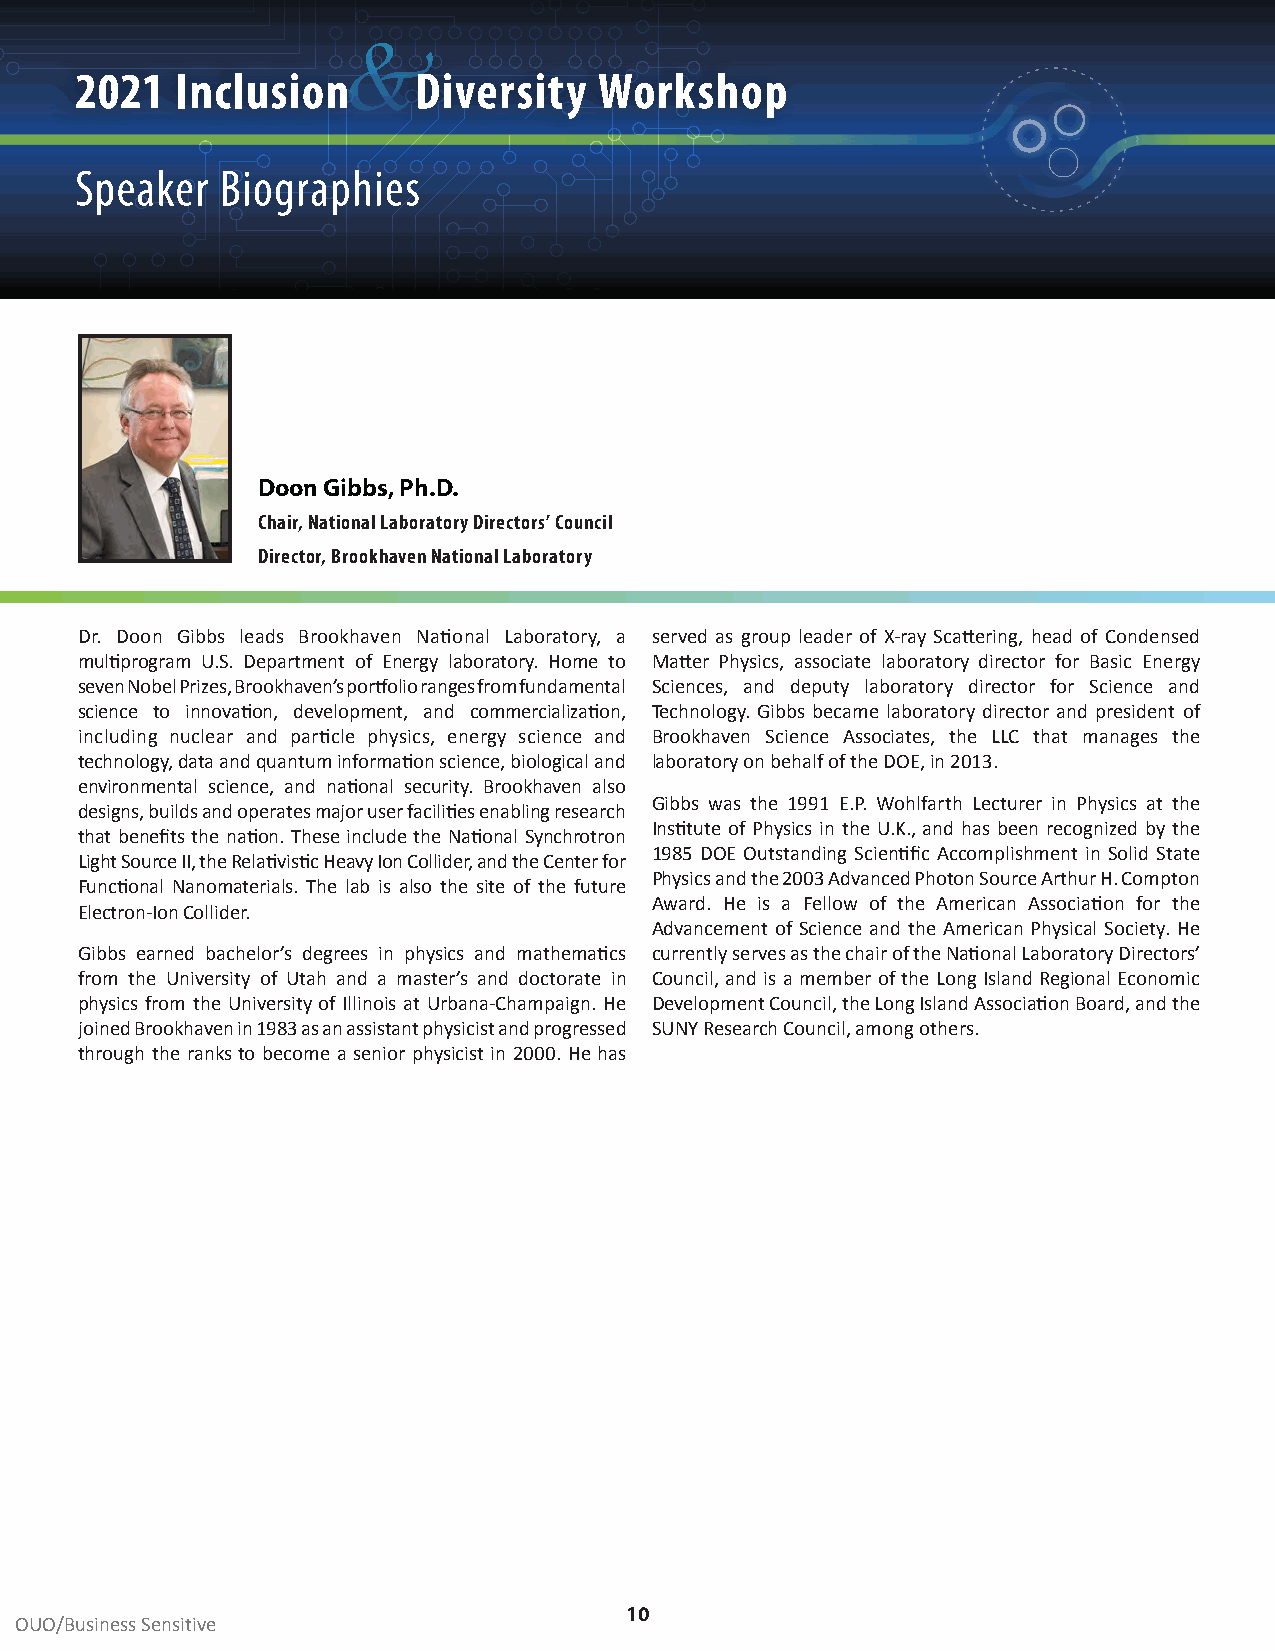
&
 2021   Inclusion      Diversity    Workshop
 Speaker   Biographies
 Doon Gibbs, Ph.D.
 Chair, National Laboratory Directors’ Council
 Director, Brookhaven National Laboratory
 Dr. Doon Gibbs leads Brookhaven National Laboratory, a served as group leader of X-ray Scattering, head of Condensed
 multiprogram U.S. Department of Energy laboratory. Home to Matter Physics, associate laboratory director for Basic Energy
 seven Nobel Prizes, Brookhaven’s portfolio ranges from fundamental Sciences, and deputy laboratory director for Science and
 science to innovation, development, and commercialization, Technology. Gibbs became laboratory director and president of
 including nuclear and particle physics, energy science and Brookhaven Science Associates, the LLC that manages the
 technology, data and quantum information science, biological and laboratory on behalf of the DOE, in 2013.
 environmental science, and national security. Brookhaven also
 Gibbs was the 1991 E.P. Wohlfarth Lecturer in Physics at the
 designs, builds and operates major user facilities enabling research
 Institute of Physics in the U.K., and has been recognized by the
 that benefits the nation. These include the National Synchrotron
 1985 DOE Outstanding Scientific Accomplishment in Solid State
 Light Source II, the Relativistic Heavy Ion Collider, and the Center for
 Physics and the 2003 Advanced Photon Source Arthur H. Compton
 Functional Nanomaterials. The lab is also the site of the future
 Award. He is a Fellow of the American Association for the
 Electron-Ion Collider.
 Advancement of Science and the American Physical Society. He
 Gibbs earned bachelor’s degrees in physics and mathematics currently serves as the chair of the National Laboratory Directors’
 from the University of Utah and a master’s and doctorate in Council, and is a member of the Long Island Regional Economic
 physics from the University of Illinois at Urbana-Champaign. He Development Council, the Long Island Association Board, and the
 joined Brookhaven in 1983 as an assistant physicist and progressed SUNY Research Council, among others.
 through the ranks to become a senior physicist in 2000. He has
 10
 OUO/Business Sensitive